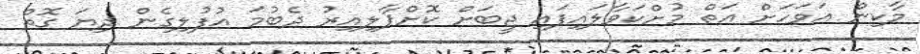
މާކިން އަވަހަށް އަތް މުށްކަވާލައިފައި ޖީބަށް ކޮށްޕާލިއިރު ދެބުމަ އުފުލިގެން ދިޔަ ގޮތް